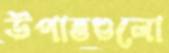
উপাত্তগুলো